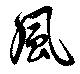
風